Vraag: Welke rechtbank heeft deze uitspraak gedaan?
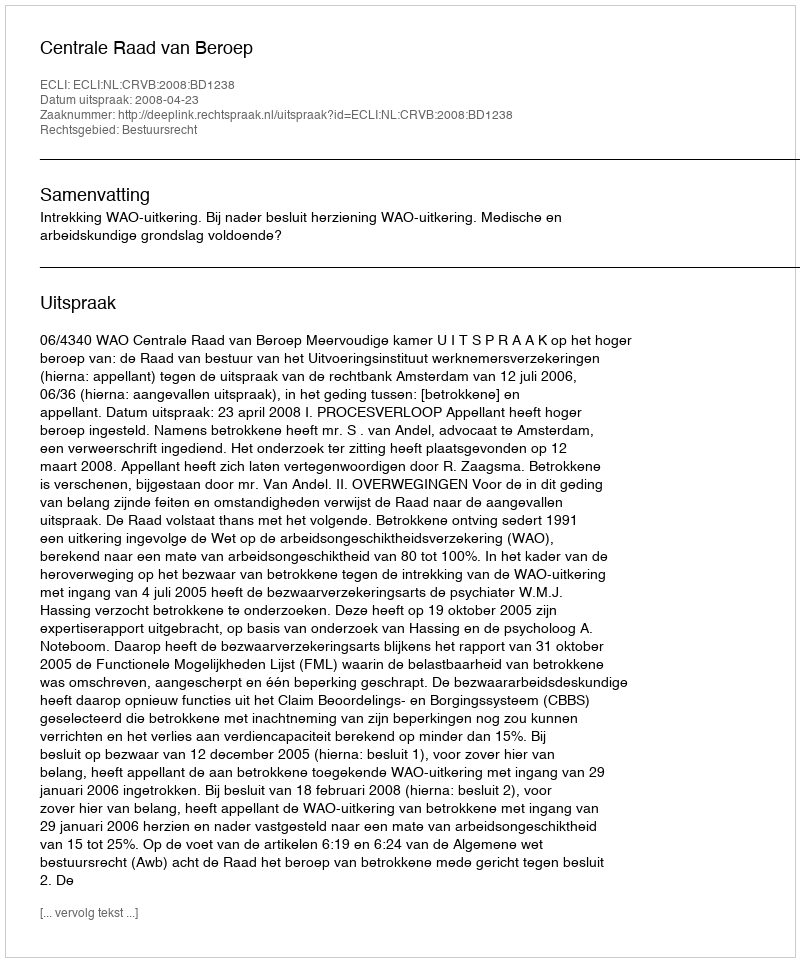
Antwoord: Centrale Raad van Beroep